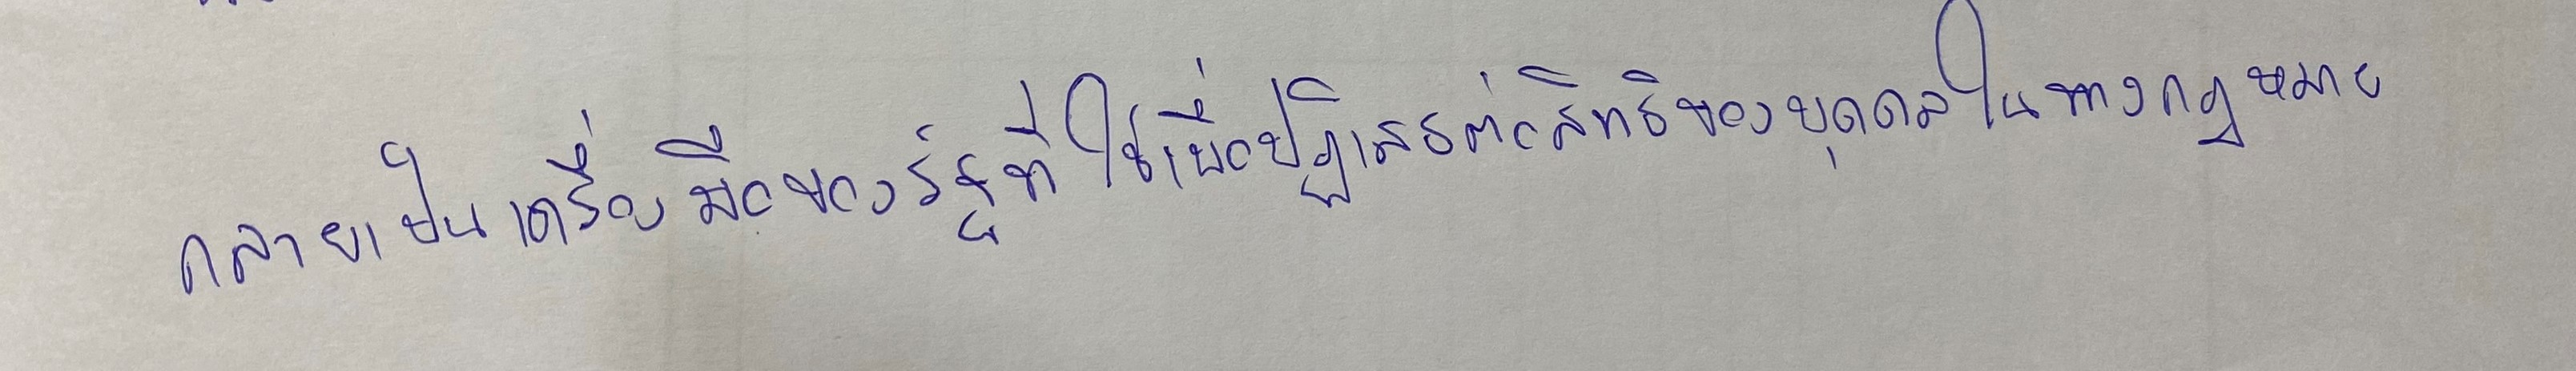
กลายเป็นเครื่องมือของรัฐที่ใช้เพื่อปฏิเสธต่อสิทธิของบุคคลในทางกฎหมาย